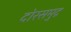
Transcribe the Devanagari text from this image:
दोरसमुद्र